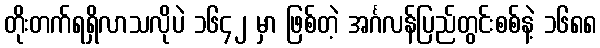
တိုးတက်ရရှိလာသလိုပဲ ၁၆၄၂ မှာ ဖြစ်တဲ့ အင်္ဂလန်ပြည်တွင်းစစ်နဲ့ ၁၆၈၈